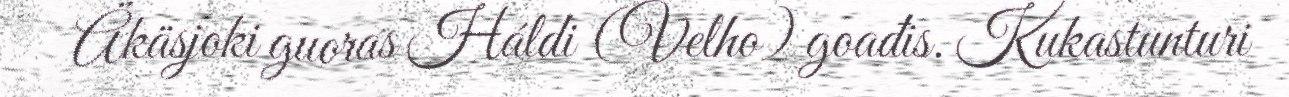
Äkäsjoki guoras Háldi (Velho) goađis. Kukastunturi